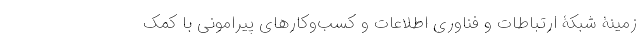
زمینۀ شبکۀ ارتباطات و فناوری اطلاعات و کسب‌وکارهای پیرامونی با کمک